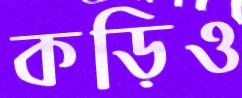
কড়িও